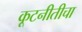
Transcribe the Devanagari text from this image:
कूटनीतीचा